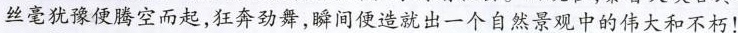
丝毫犹豫便腾空而起，狂奔劲舞，瞬间便造就出一个自然景观中的伟大和不朽！